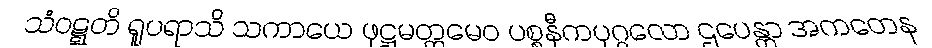
သံဝဋ္ဋတိ ရူပရာသိ သကာယေ ဖုဋ္ဌမတ္တမေဝ ပစ္စနီကပုဂ္ဂလော ဌပေန္တာ အကတေန